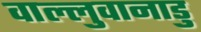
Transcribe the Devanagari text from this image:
वाल्लुवानाडु